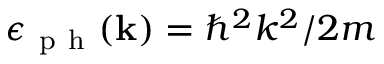
\epsilon _ { \mathrm { ~ p ~ h ~ } } ( \mathbf { k } ) = \hbar ^ { 2 } k ^ { 2 } / 2 m